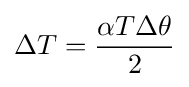
\Delta T={\alpha T\Delta \theta  \over 2}